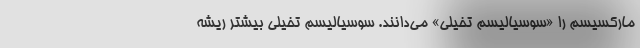
مارکسیسم را «سوسیالیسم تخیلی» می‌دانند. سوسیالیسم تخیلی بیشتر ریشه